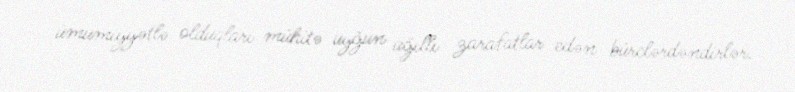
ümumiyyətlə olduqları mühitə uyğun ağıllı zarafatlar edən bürclərdəndirlər.